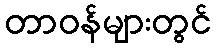
တာဝန်များတွင်